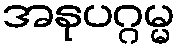
အနုပဂ္ဂမ္မ